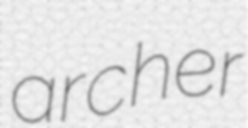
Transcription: archer